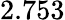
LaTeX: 2.753